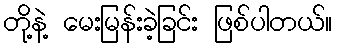
တို့နဲ့ မေးမြန်းခဲ့ခြင်း ဖြစ်ပါတယ်။